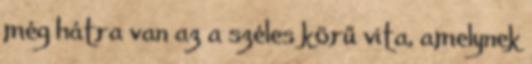
még hátra van az a széles körű vita, amelynek